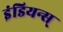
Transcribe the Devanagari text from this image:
इंडियन्स्